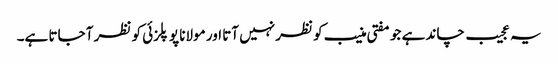
یہ عجیب چاند ہے جو مفتی منیب کو نظر نہیں آتا اور مولانا پوپلزئی کو نظر آ جاتا ہے۔